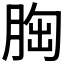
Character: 𦛳